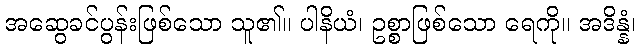
အဆွေခင်ပွန်းဖြစ်သော သူ၏။ ပါနိယံ၊ ဥစ္စာဖြစ်သော ရေကို။ အဒိန္နံ၊